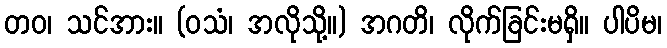
တဝ၊ သင်အား။ (ဝသံ၊ အလိုသို့။) အဂတိ၊ လိုက်ခြင်းမရှိ။ ပါပိမ၊